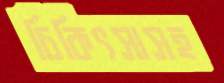
চিকিৎসাসহ